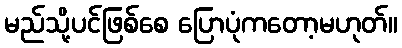
မည်သို့ပင်ဖြစ်စေ ပြောပုံကတော့မဟုတ်။